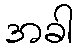
အခါ